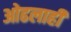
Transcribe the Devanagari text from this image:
ओढलाही